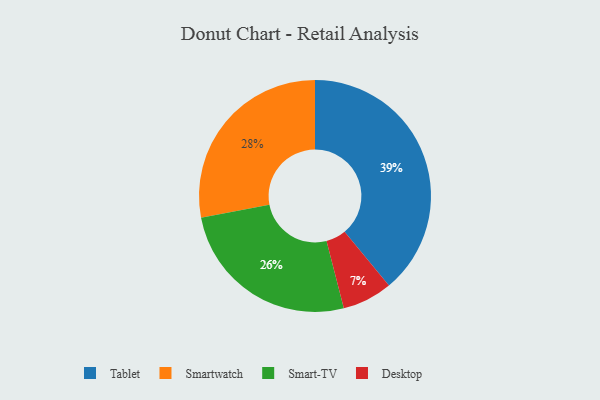
{"axis": {"x": "Category", "y": "Percentage"}, "legend": ["Desktop", "Smart-TV", "Smartwatch", "Tablet"], "data": [{"x": "Smartwatch", "y": 28, "type": "Smartwatch"}, {"x": "Smart-TV", "y": 26, "type": "Smart-TV"}, {"x": "Tablet", "y": 39, "type": "Tablet"}, {"x": "Desktop", "y": 7, "type": "Desktop"}]}